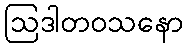
ဩဒါတဝသနော